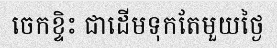
ចេកខ្ទិះ ជាដើមទុកតែមួយថ្ងៃ